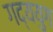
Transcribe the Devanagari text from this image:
गद्ययुग